Leningradi_Edasi_toimetus, lk 106
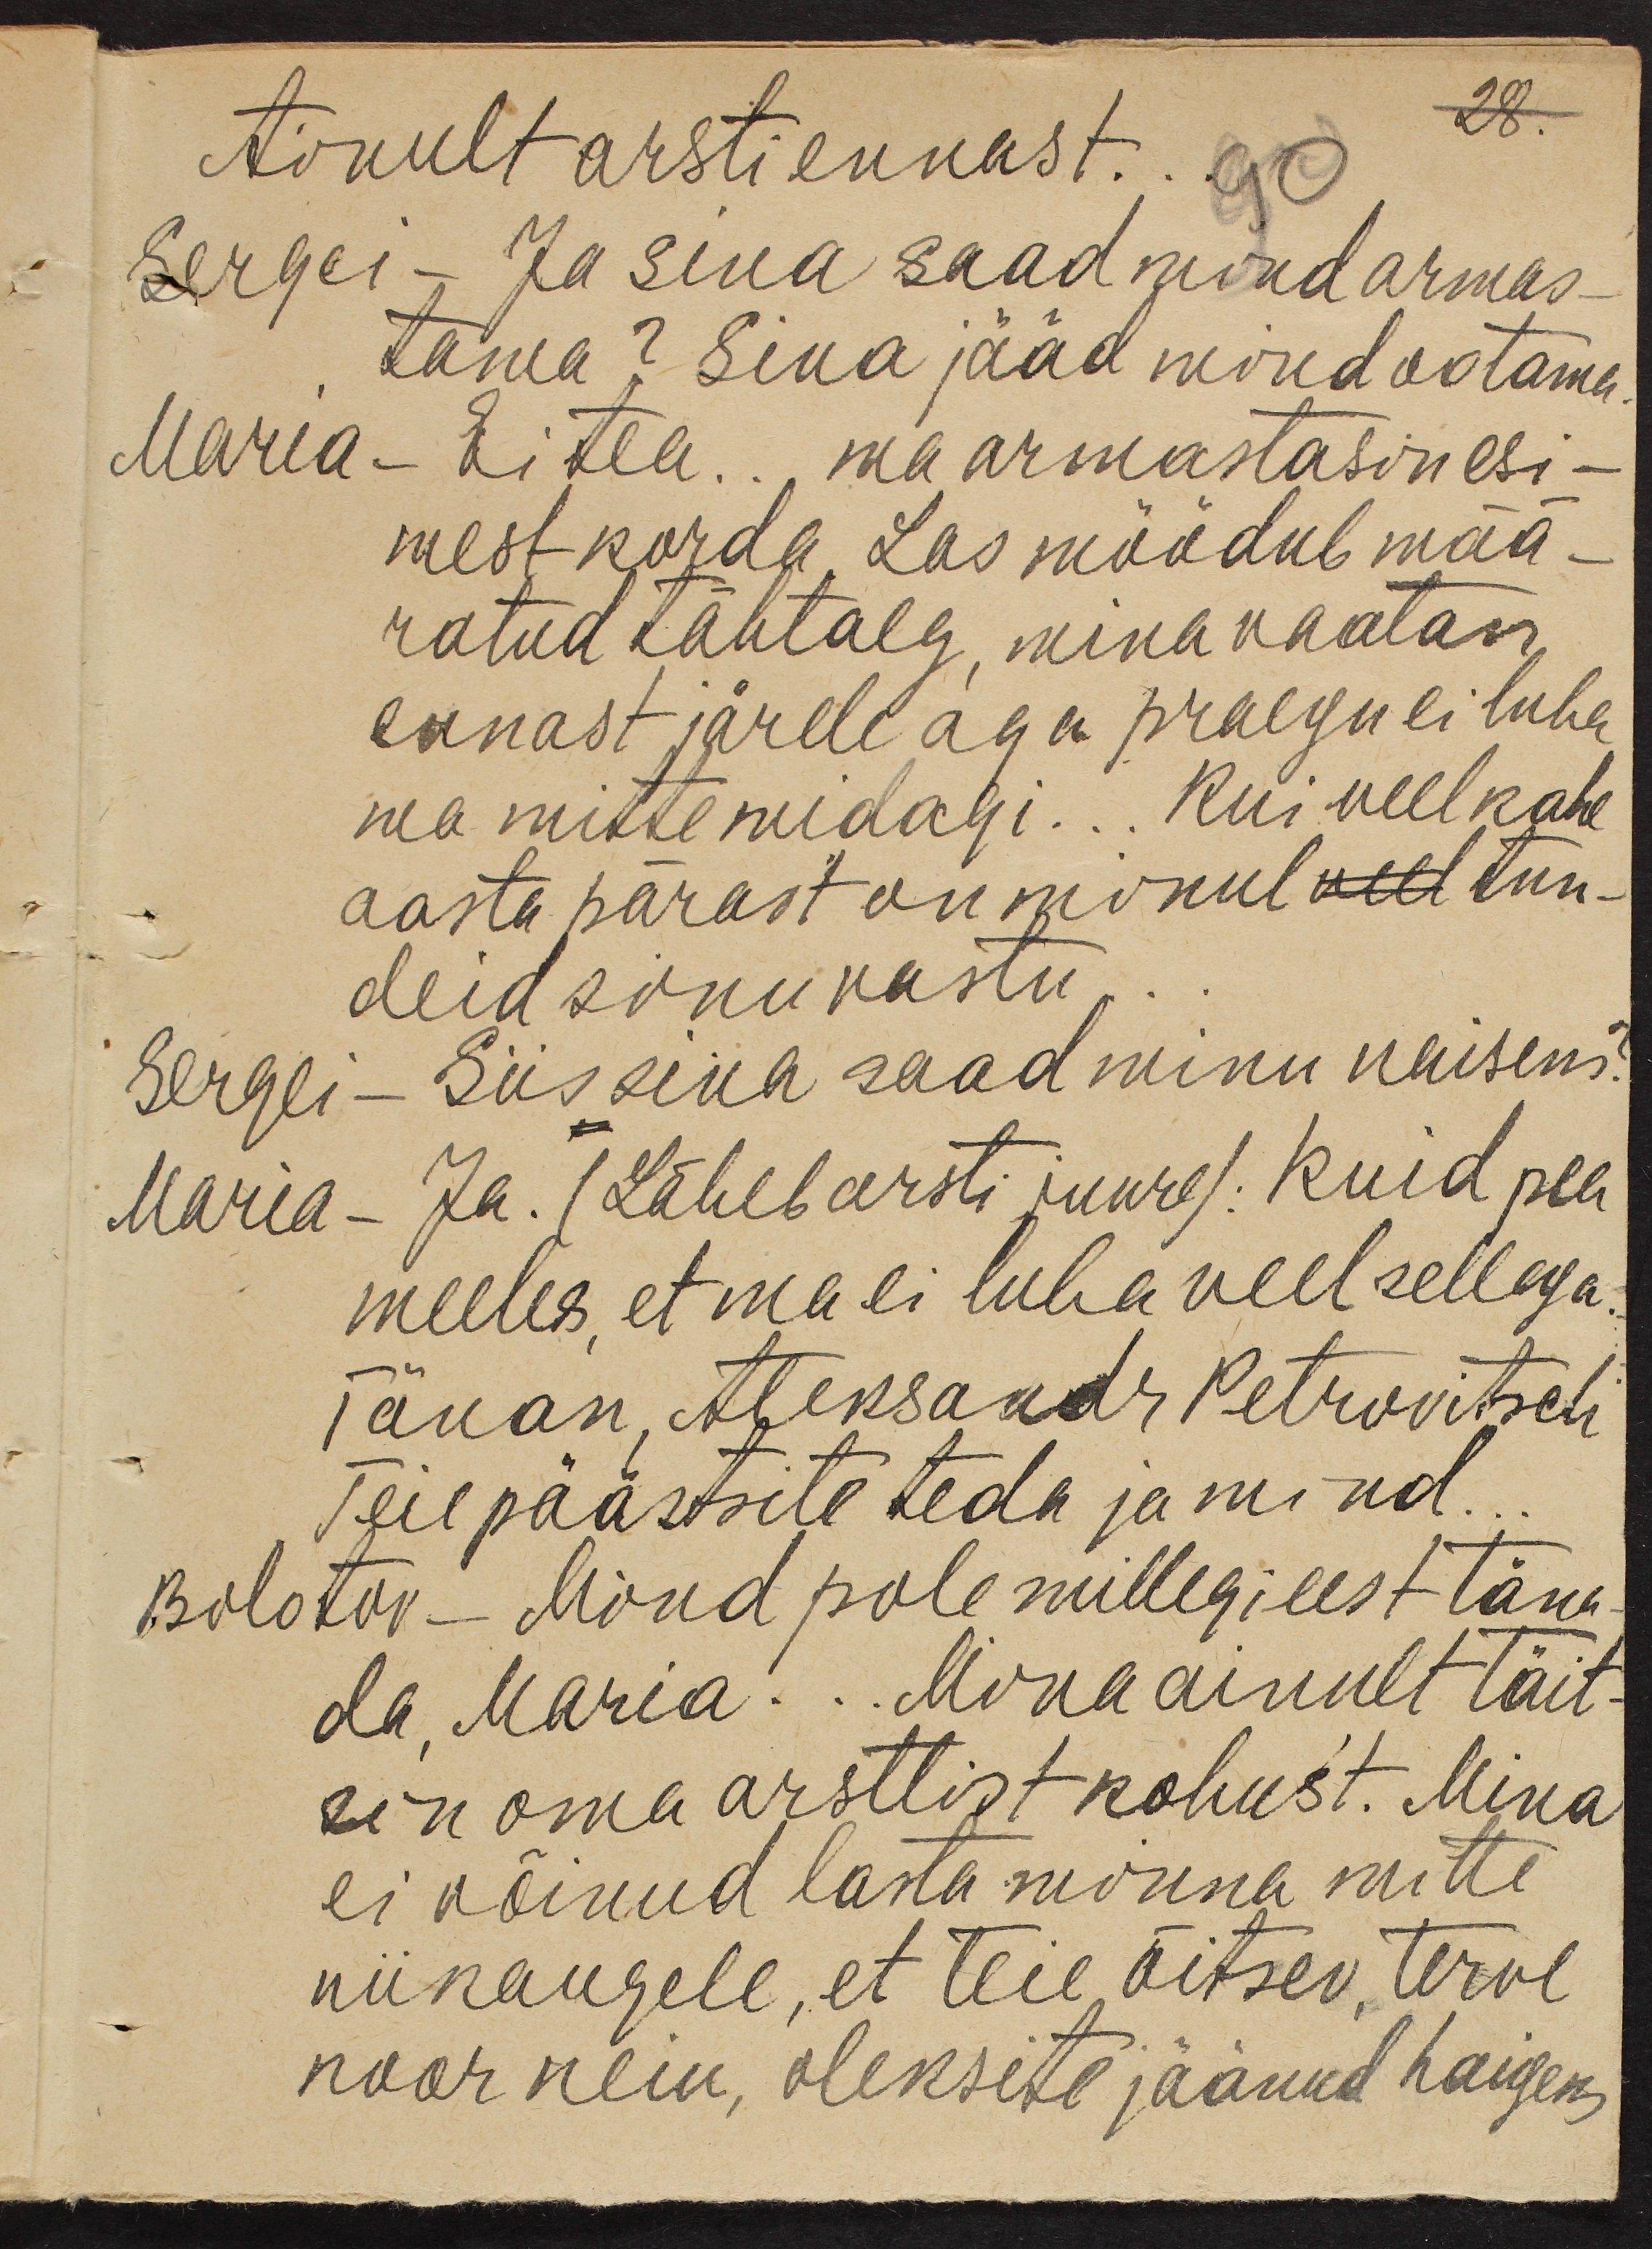
Ainult arsti ennast ...  90
28.
Sergei - Ja sina saad mind armas-
tama? Sina jääd mind ootama.
Maria - Ei tea ... ma armastasin esi-
mest korda. Las möödub mää-
ratud tähtaeg, mina vaatan
ennast järele aga praegu ei luba
ma mitte midagi ... Kui veel kahe
aasta pärast on minul veel tun-
Sergei  - Siis sina saad minu naiseks?
deid sinu vastu
Maria - Ja. (Läheb arsti juure): Kuid pea
meeles, et ma ei luba veel sellega.
Tänan, Aleksandr Petrovitsch
Teie päästsite teda ja mind
Bolotov - Mind pole millegi eest täna-
da, Maria ... Mina ainult täit-
sin oma arstlist kohust. Mina
ei võinud lasta minna mitte
niikaugele, et teie õitsev, terve
noor neiu, oleksite jäänud haigeks